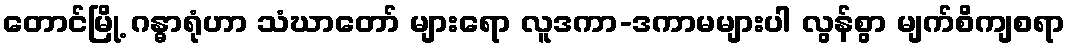
တောင်မြို့ ဂန္ဓာရုံဟာ သံဃာတော် များရော လူဒကာ-ဒကာမများပါ လွန်စွာ မျက်စိကျစရာ